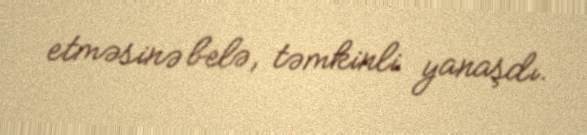
etməsinə belə, təmkinli yanaşdı.